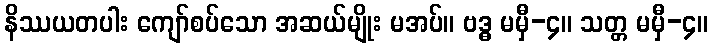
နိဿယတပါး ကျော်စပ်သော အဆယ်မျိုး မအပ်။ ဗဒ္ဓ မမှီ-၄။ သတ္တ မမှီ-၄။